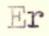
Er